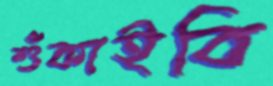
শুঁকাইবি